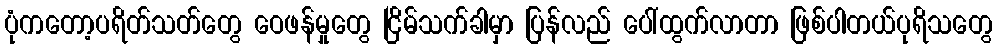
ပုံကတော့ပရိတ်သတ်တွေ ဝေဖန်မှုတွေ ငြိမ်သက်ခါမှာ ပြန်လည် ပေါ်ထွက်လာတာ ဖြစ်ပါတယ်ပုရိသတွေ